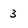
Character: 3